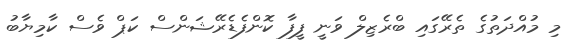
މި މުއްދަތުގެ ތެރޭގައި ބްރެޒިލް ވަނީ ފީފާ ކޮންފެޑެރޭޝަންސް ކަޕް ވެސް ކާމިޔާބު